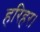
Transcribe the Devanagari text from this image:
हरिहर।